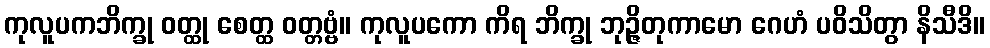
ကုလူပကဘိက္ခု ဝတ္ထု စေတ္ထ ဝတ္တဗ္ဗံ။ ကုလူပကော ကိရ ဘိက္ခု ဘုဉ္ဇိတုကာမော ဂေဟံ ပဝိသိတွာ နိသီဒိ။